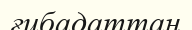
ғибадаттан